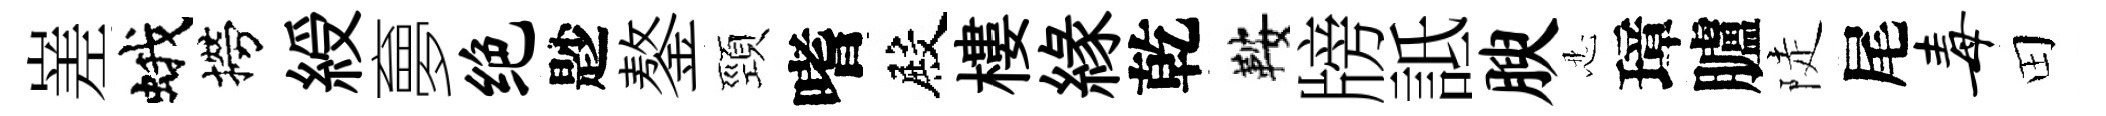
嵳蛾撈綬夣绝尟鏊頸嗜殿樓縁乾鞍牓詆腴忍璋臚陡尾毒田